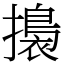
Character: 𢶑